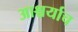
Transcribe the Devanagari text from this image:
आश्चर्याच